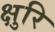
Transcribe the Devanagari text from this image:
क्षुरि